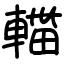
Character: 輺